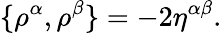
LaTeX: \{ \rho^{\alpha},\rho^{\beta}\} =-2\eta^{\alpha\beta}.